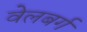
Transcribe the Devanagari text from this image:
वेलबर्ग